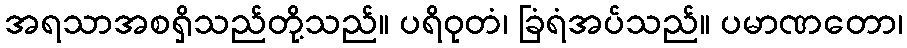
အရသာအစရှိသည်တို့သည်။ ပရိဝုတံ၊ ခြံရံအပ်သည်။ ပမာဏတော၊